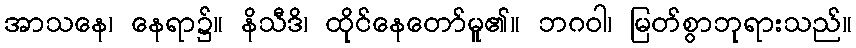
အာသနေ၊ နေရာ၌။ နိသီဒိ၊ ထိုင်နေတော်မူ၏။ ဘဂဝါ၊ မြတ်စွာဘုရားသည်။